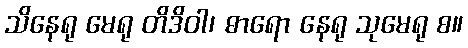
သိနေရု မေရု တိဒိဝါ၊ ဓာရော နေရု သုမေရု စ။